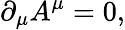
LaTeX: \partial_{\mu}A^{\mu}=0,